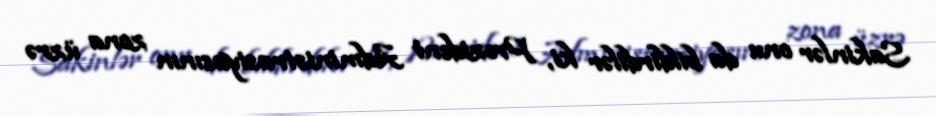
Sakinlər onu da bildirdilər ki, Prezident Administrasiyasının zona üzrə